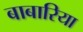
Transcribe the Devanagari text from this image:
बाबारिया